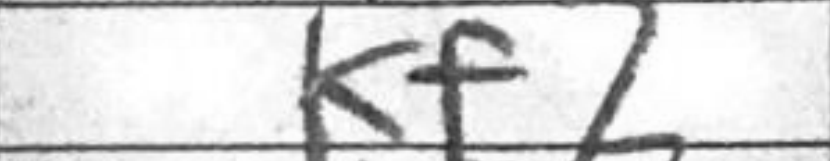
Transcription: Kf7